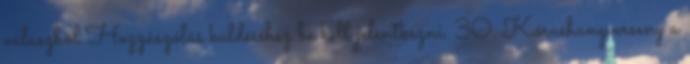
válaszból Hozzászólás küldéséhez be kell jelentkezni. 30. Kórushangverseny a